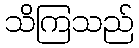
သိကြသည်